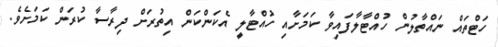
ހަޓްތައް ނައްތާލުން ހުއްޓާލާފައިވާ ކަމަށާއި ހުއްޓާލީ އެކަންކަން އިތުރަށް ދިރާސާ ކުރަން ކަމަށެވެ.